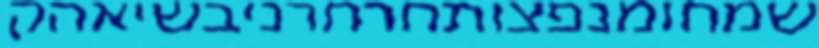
שמחומנפצותחרחרניבשיאהק